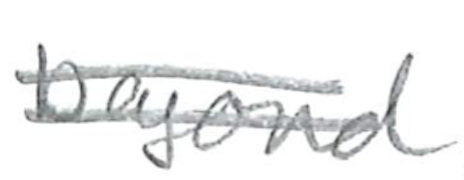
Text: beyond
Cross-out: double-line
Writing tool: pencil